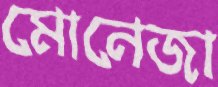
মোনেজা